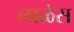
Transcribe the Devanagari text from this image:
लाळेस